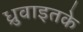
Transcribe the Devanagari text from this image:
ध्रुवाइतके